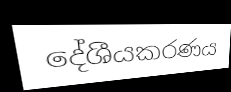
දේශීයකරණය